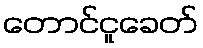
တောင်ငူခေတ်